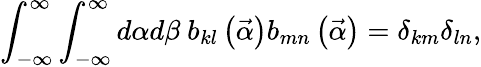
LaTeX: \int_{-\infty}^{\infty}\int_{-\infty}^{\infty}d\alpha d\beta\ b_{kl}\left(\vec{\alpha}\right)b_{mn}\left(\vec{\alpha}\right)=\delta_{km}\delta_{ln},